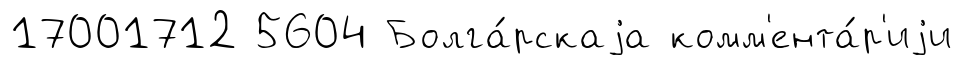
17001712 5604 Болга́рскаjа комм'ента́р'иjи